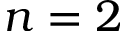
n = 2